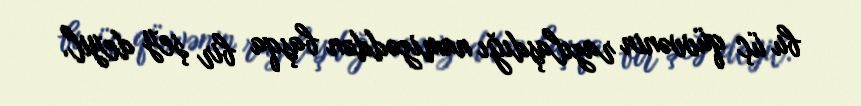
bu üç qüvvənin razılaşdığı namizəddən başqa bir şey deyil.